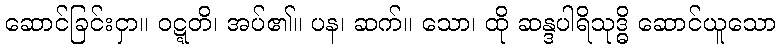
ဆောင်ခြင်းငှာ။ ဝဋ္ဋတိ၊ အပ်၏။ ပန၊ ဆက်။ သော၊ ထို ဆန္ဒပါရိသုဒ္ဓိ ဆောင်ယူသော